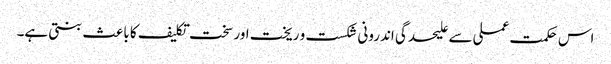
اس حکمت عملی سے علیحدگی اندرونی شکست و ریخت اور سخت تکلیف کا با عث بنتی ہے۔